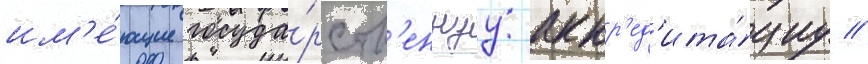
им'е́ющие госуда́рств'еннуу аккр'ед'ита́циу //